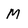
Character: M